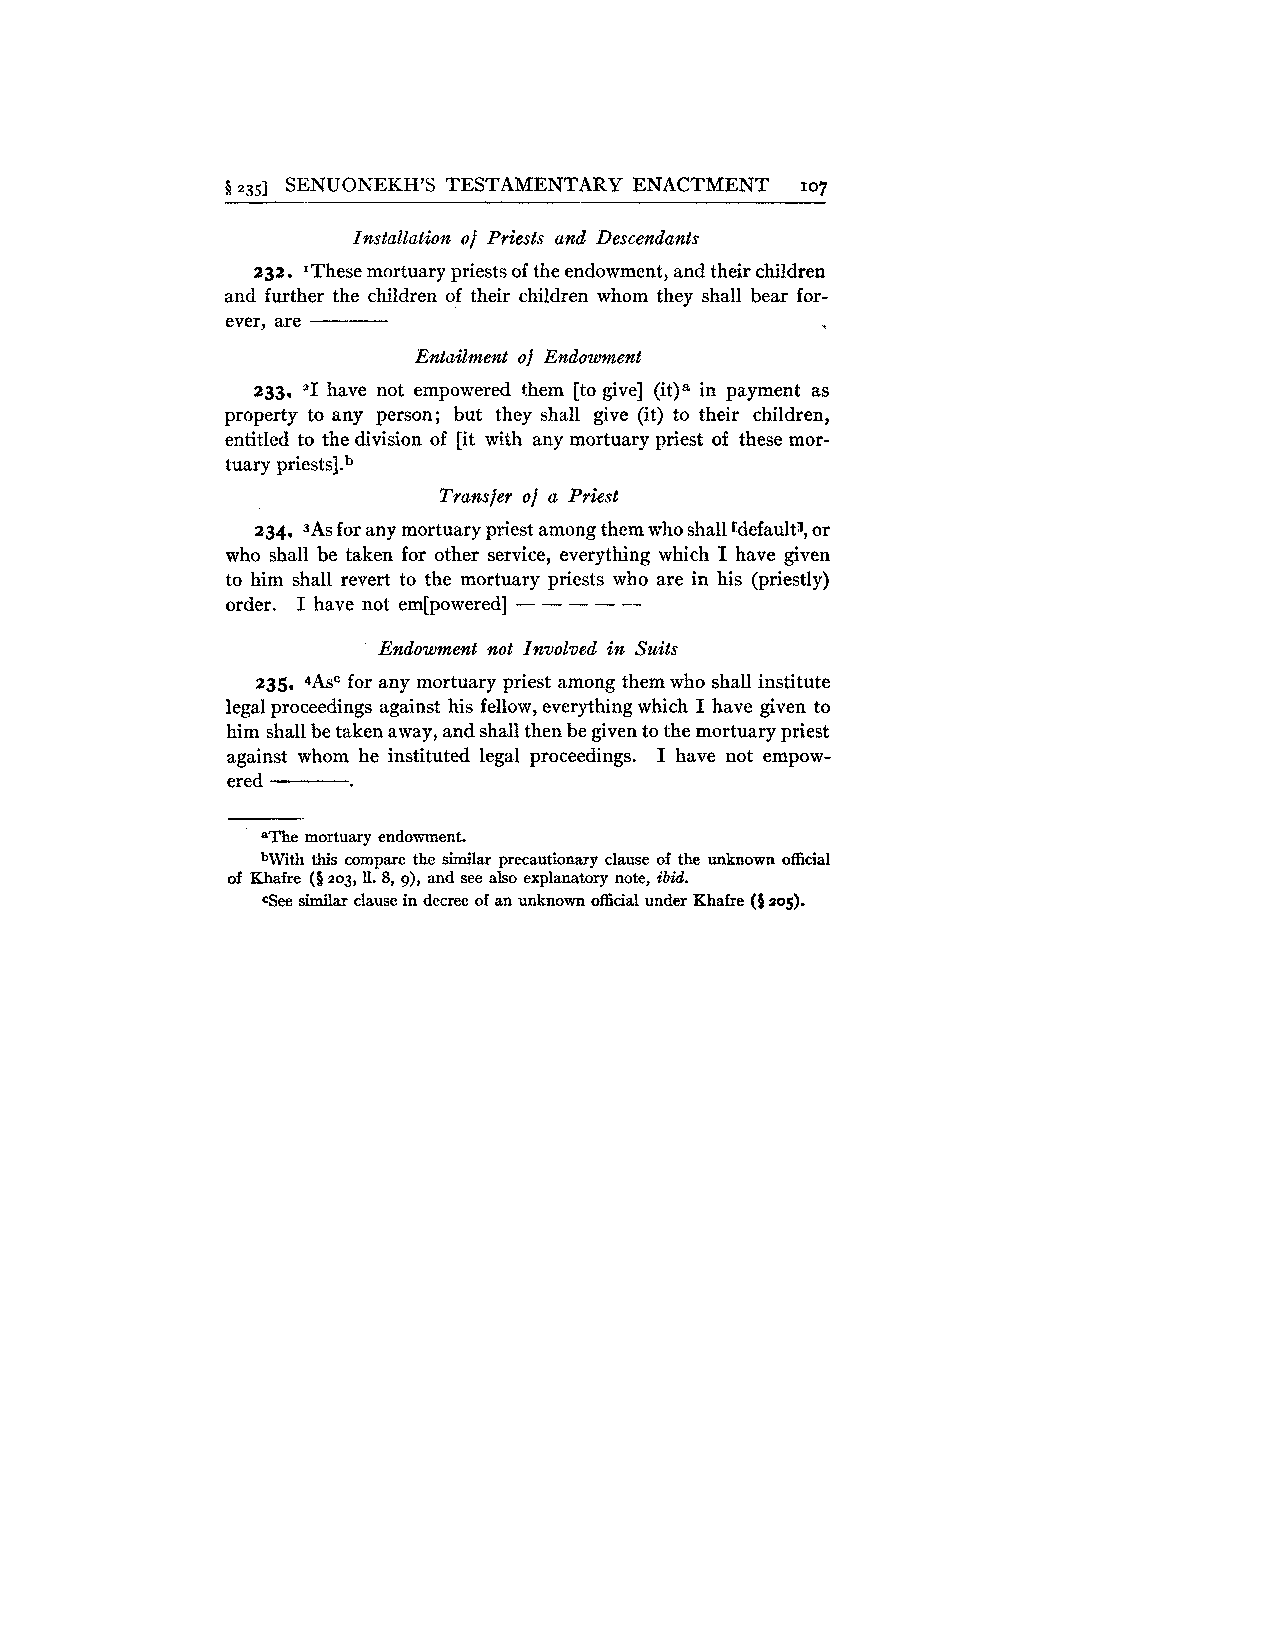
Q 2351 SENUONEKH'S TESTAMENTARY ENACTMENT 107
 Installation of Priests and Descendants
 232. 'These mortuary priests of the endowment, and their children
 and further the children of their children whom they shall bear for-
 ever, are ----
 Entailment of Endowment
 233. '1 have not empowered them [to give] (it)" in payment as
 property to any person; but they shall give (it) to their children,
 entitled to the division of [it with any mortuary priest of these mor-
 tuary priest^].^
 Transfer of a Priest
 234. 3As for any mortuary priest among them who shall rdefaultl, or
 who shall be taken for other service, everything which I have given
 to him shall revert to the mortuary priests who are in his (priestly)
 order. I have not em[powered] - - - - -
 Endowment not Involved in Suits
 235. 4AsC for any mortuary priest among them who shall institute
 legal proceedings against his fellow, everything which I have given to
 him shall be taken away, and shall then be given to the mortuary priest
 against whom he instituted legal proceedings. I have not empow-
 ered
 aThe mortuary endowment.
 bWith this compare the similar precautionary clause of the unknown official
 of Khafre ($zo3,11. 8, g), and see also explanatory note, ibid.
 cSee similar clause in decree of an unknown official under Khafre (8 105).